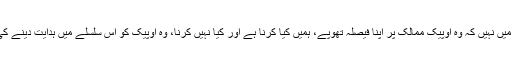
امریکا اس پوزیشن میں نہیں کہ وہ اوپیک ممالک پر اپنا فیصلہ تھوپے، ہمیں کیا کرنا ہے اور کیا نہیں کرنا، وہ اوپیک کو اس سلسلے میں ہدایت دینے کی پوزیشن میں نہیں۔